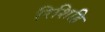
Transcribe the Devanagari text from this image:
रिशिहि